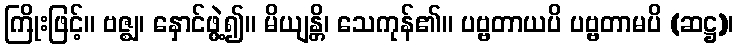
ကြိုးဖြင့်။ ဗဇ္ဈ၊ နှောင်ဖွဲ့၍။ မိယျန္တိ၊ သေကုန်၏။ ပဗ္ဗတာယပိ ပဗ္ဗတာမပိ (ဆဋ္ဌ)၊